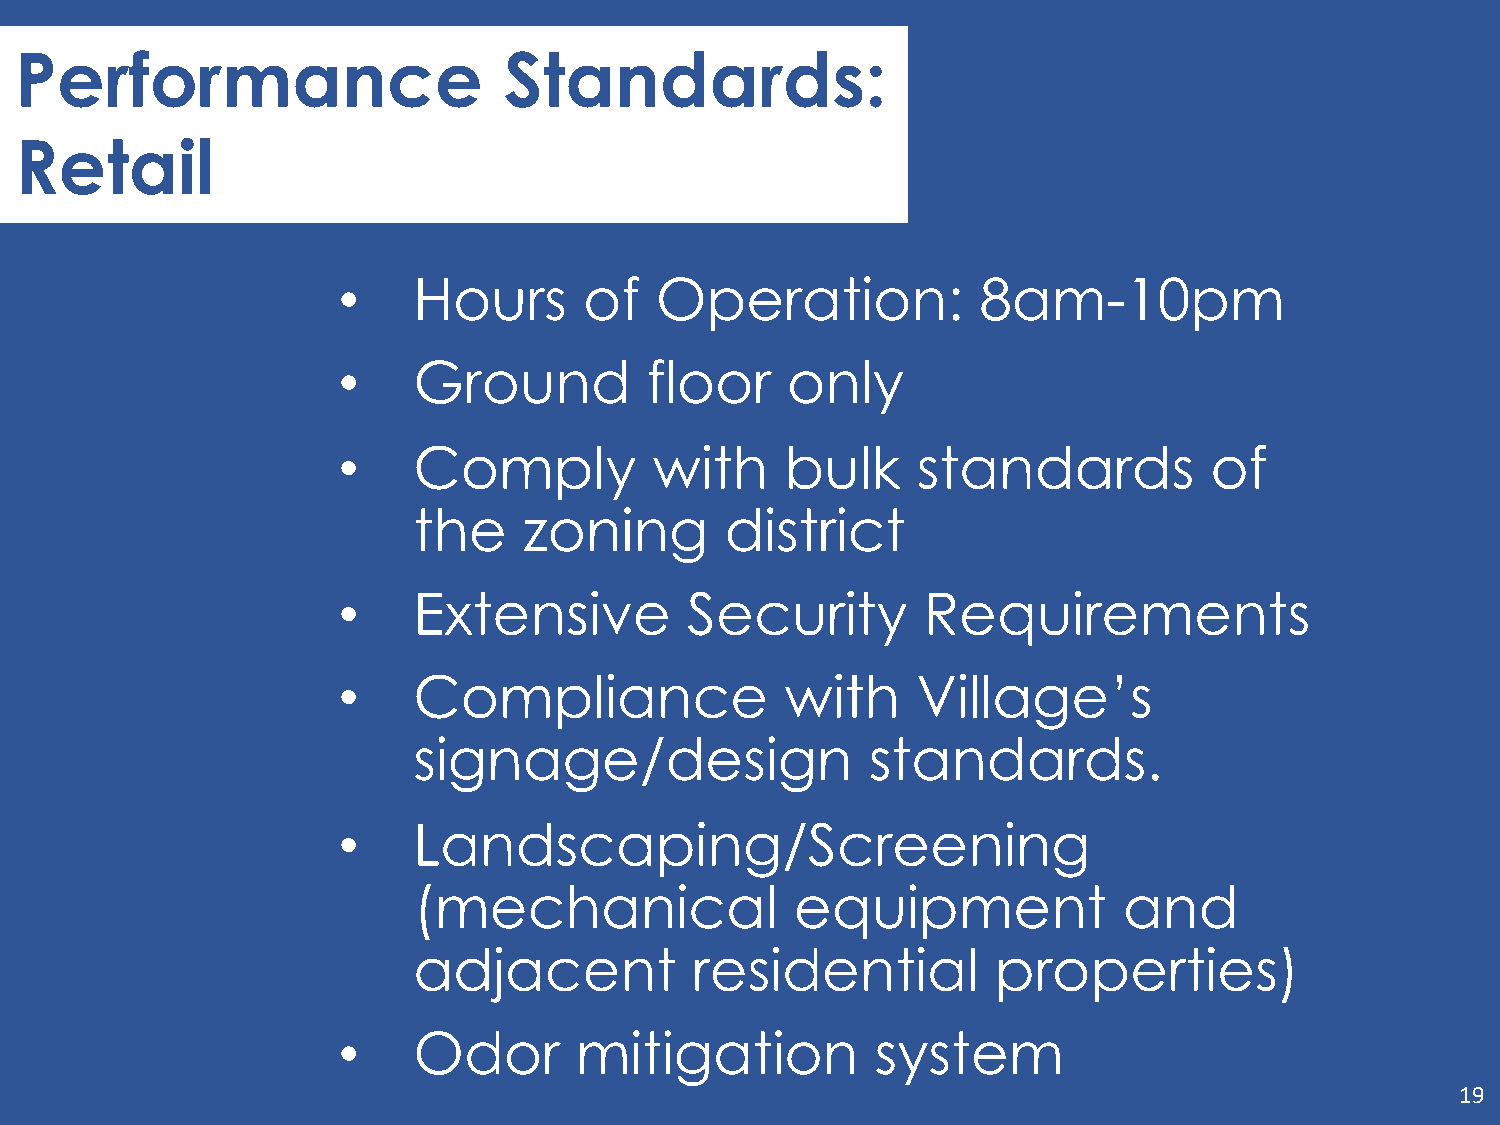
Performance                     Standards:
 Retail
 •    Hours       of  Operation:            8am-10pm
 •    Ground          floor    only
 •    Comply          with     bulk     standards          of
 the     zoning       district
 •    Extensive         Security        Requirements
 •    Compliance               with     Village’s
 signage/design                 standards.
 •    Landscaping/Screening
 (mechanical               equipment            and
 adjacent           residential         properties)
 •    Odor       mitigation          system
 19